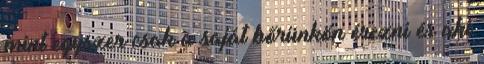
mint egyszer csak a saját bőrünkön érezni és aki